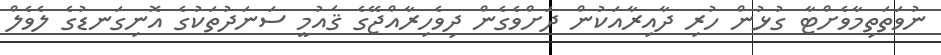
ނުވަތަތިމާވެށްޓާ ގުޅުން ހުރި ދާއިރާއަކުން ދަށްވެގެން ދިވެހިރާއްޖޭގެ ޤައުމީ ސަނަދުތަކުގެ އޮނިގަނޑުގެ ލެވެލް